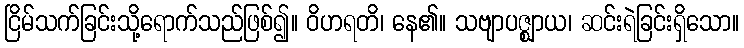
ငြိမ်သက်ခြင်းသို့ရောက်သည်ဖြစ်၍။ ဝိဟရတိ၊ နေ၏။ သဗျာပဇ္ဈာယ၊ ဆင်းရဲခြင်းရှိသော။